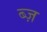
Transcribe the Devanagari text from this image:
ब्ज़